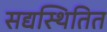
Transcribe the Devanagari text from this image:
सद्यस्थितित